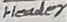
Text: Header